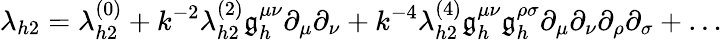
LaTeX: \lambda_{h2}=\lambda_{h2}^{(0)}+k^{-2}\lambda_{h2}^{(2)}\mathfrak{g}_{h}^{\mu\nu}\partial_{\mu}\partial_{\nu}+k^{-4}\lambda_{h2}^{(4)}\mathfrak{g}_{h}^{\mu\nu}\mathfrak{g}_{h}^{\rho\sigma}\partial_{\mu}\partial_{\nu}\partial_{\rho}\partial_{\sigma}+\ldots